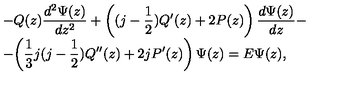
\begin{array} { l } { \displaystyle { - Q ( z ) \frac { d ^ { 2 } \Psi ( z ) } { d z ^ { 2 } } + \left( ( j - \frac { 1 } { 2 } ) Q ^ { \prime } ( z ) + 2 P ( z ) \right) \frac { d \Psi ( z ) } { d z } } - } \\ { - \displaystyle { \left( \frac { 1 } { 3 } j ( j - \frac { 1 } { 2 } ) Q ^ { \prime \prime } ( z ) + 2 j P ^ { \prime } ( z ) \right) \Psi ( z ) = E \Psi ( z ) } , } \\ \end{array}